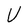
Character: V